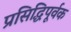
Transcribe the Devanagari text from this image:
प्रसिद्धिपूर्वक